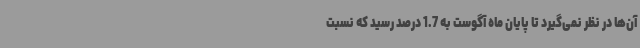
آن‌ها در نظر نمی‌گیرد تا پایان ماه آگوست به 1.7 درصد رسید که نسبت